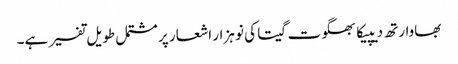
بھاوارتھ دیپیکا بھگوت گیتا کی نو ہزار اشعار پر مشتمل طویل تفسیر ہے۔